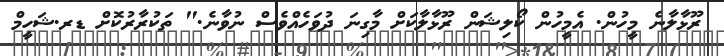
ރޫޅާލާނެ މީހުން. އެމީހުން ކޯލިޝަން ރޫޅާލާކަށް މާގިނަ ދުވަހެއްވެސް ނުވާނެ." ތަކުރާރުކޮށް ޑރ.ޝަހީމް